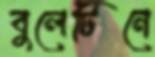
বুলেটিনে